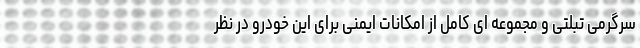
سرگرمی تبلتی و مجموعه ای کامل از امکانات ایمنی برای این خودرو در نظر